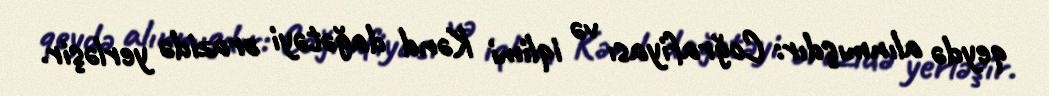
qeydə alınmışdır: Coğrafiyası və iqlimi Kənd dağətəyi ərazidə yerləşir.